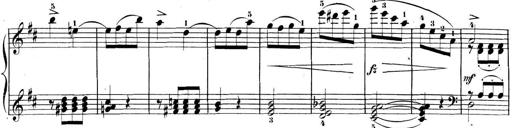
Title: 3 Sonatinen, Op.8
Composer: Isidor Wilhelm Seiss